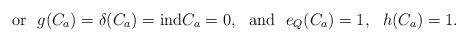
LaTeX: \begin{align*}\mbox{or} \ \ g(C_a)=\delta(C_a)= {\rm ind }C_a=0, \ \ \mbox{and} \ \ e_Q(C_a)=1, \ \ h(C_a)=1.\end{align*}